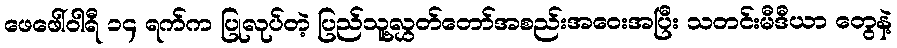
ဖေဖေါ်ဝါရီ ၁၄ ရက်က ပြုလုပ်တဲ့ ပြည်သူ့လွှတ်တော်အစည်းအဝေးအပြီး သတင်းမီဒီယာ တွေနဲ့